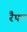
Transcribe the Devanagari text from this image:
रैफ्ट